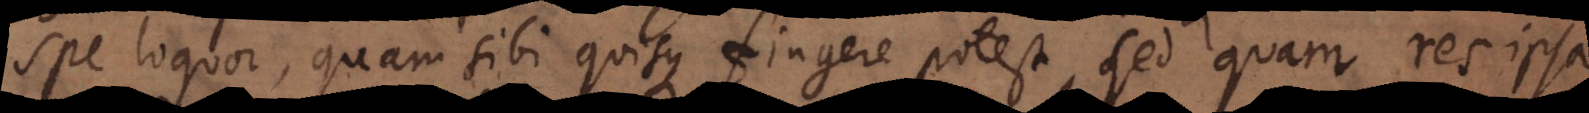
spe loquor, quam sibi quisque fingere potest, sed quam res ipsa